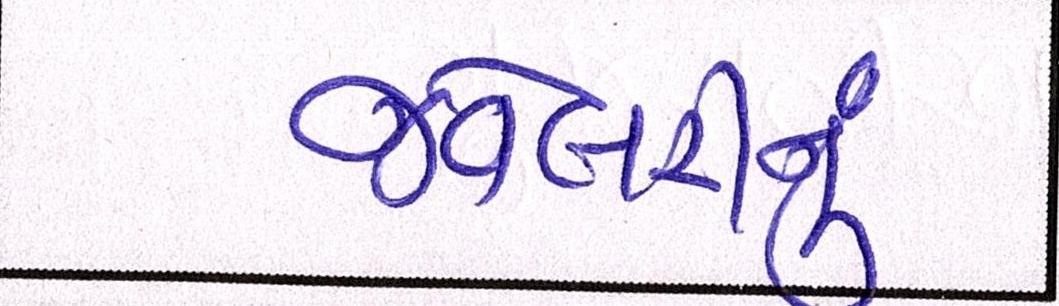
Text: જવેલરીનું